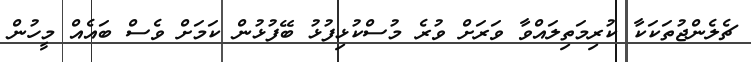
ޗެލެންޖުތަކަކާ ކުރިމަތިލައްވާ ވަރަށް ވުރެ މުސްކުޅިފުޅު ބޭފުޅުން ކަމަށް ވެސް ބައެއް މީހުން